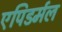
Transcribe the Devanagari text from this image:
एपिडर्मल